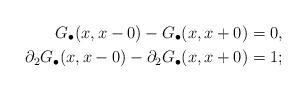
LaTeX: \begin{align*} G_\bullet(x,x-0)-G_\bullet(x,x+0)&=0,\\ \partial_2G_\bullet(x,x-0)-\partial_2G_\bullet(x,x+0)&=1; \end{align*}